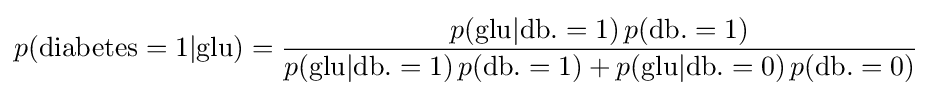
p({\mbox{diabetes}}=1|{\mbox{glu}})={\frac {p({\mbox{glu}}|{\mbox{db.}}=1)\,p({\mbox{db.}}=1)}{p({\mbox{glu}}|{\mbox{db.}}=1)\,p({\mbox{db.}}=1)+p({\mbox{glu}}|{\mbox{db.}}=0)\,p({\mbox{db.}}=0)}}